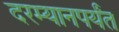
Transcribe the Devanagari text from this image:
दरम्यानपर्यंत